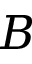
B